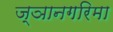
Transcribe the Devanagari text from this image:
ज्ञानगरिमा